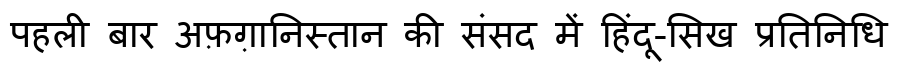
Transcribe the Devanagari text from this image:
पहली बार अफ़ग़ानिस्तान की संसद में हिंदू-सिख प्रतिनिधि